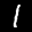
Label: 1